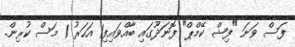
ފަސް ވަނަ "ފިޝް ކޭމްޕް" ފޮނަދޫގައި ބާއްވައިފި1 އަހަރު 1 މަސް ކުރިން.